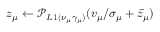
z _ { \mu } \leftarrow \mathcal { P } _ { L 1 ( \nu _ { \mu } \gamma _ { \mu } ) } ( v _ { \mu } / \sigma _ { \mu } + \bar { z } _ { \mu } )